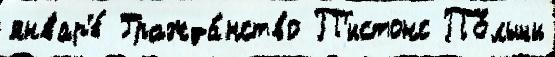
январ'е́ Гражда́нство П'истонс По́льши